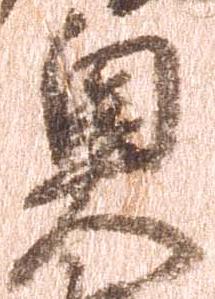
奥